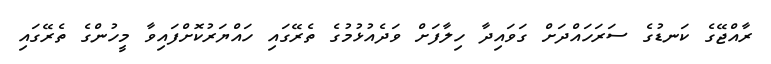
ރާއްޖޭގެ ކަނޑުގެ ސަރަހައްދަށް ގަވައިދާ ހިލާފަށް ވަދެއުޅުމުގެ ތެރޭގައި ހައްޔަރުކޮށްފައިވާ މީހުންގެ ތެރޭގައި